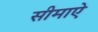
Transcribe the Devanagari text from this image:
सीमाऐ